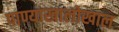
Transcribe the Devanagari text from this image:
पाण्याखालोखाल